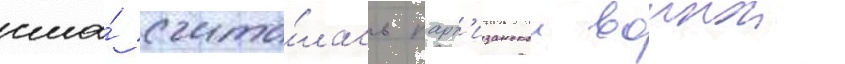
сша́ счита́лась парт'изанскои воинои